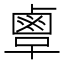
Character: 𪉞